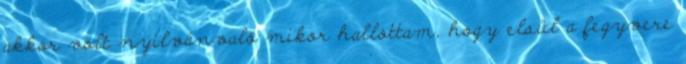
akkor volt nyilvánvaló mikor hallottam, hogy elsül a fegyvere